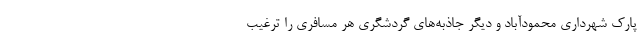
پارک شهرداری محمودآباد و دیگر جاذبه‌­های گردشگری هر مسافری را ترغیب